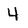
Character: 4